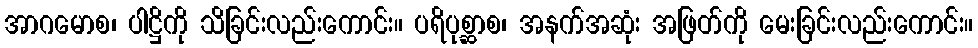
အာဂမောစ၊ ပါဋ္ဌိကို သိခြင်းလည်းကောင်း။ ပရိပုစ္ဆာစ၊ အနက်အဆုံး အဖြတ်ကို မေးခြင်းလည်းကောင်း။